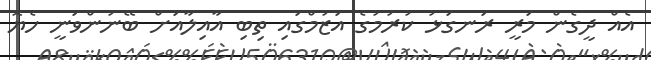
އެއް ދީގެން މަރީ ރަނގަޅު ކުރުމުގެ އަޒުމްގައި ތިބި އާއިލާއަށް ބޭނުންވަނީ ހެޔޮ